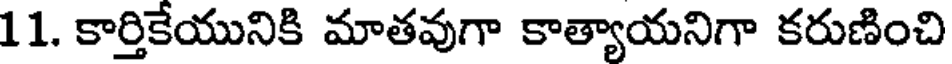
11. కార్తికేయునికి మాతవుగా కాత్యాయనిగా కరుణించి